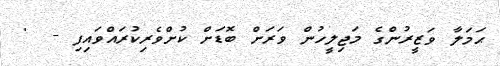
ޙަމަލާ ވަޒީރުންގެ މަޖިލީހުން ވަރަށް ބޮޑަށް ކުށްވެރިކުރައްވައިފި -  '